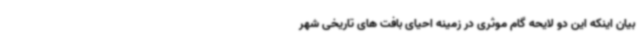
بیان اینکه این دو لایحه گام موثری در زمینه احیای بافت های تاریخی شهر